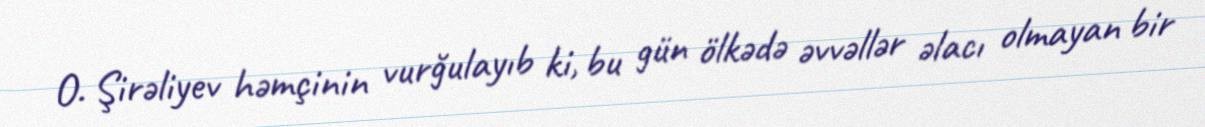
O. Şirəliyev həmçinin vurğulayıb ki, bu gün ölkədə əvvəllər əlacı olmayan bir